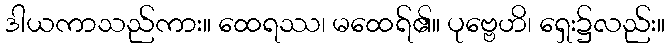
ဒါယကာသည်ကား။ ထေရဿ၊ မထေရ်၏။ ပုဗ္ဗေဟိ၊ ရှေး၌လည်း။